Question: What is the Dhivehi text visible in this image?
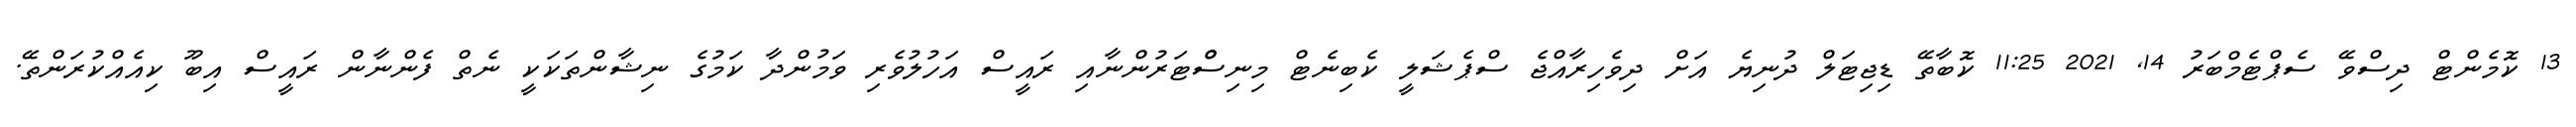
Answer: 13 ކޮމެންޓް ދިސްވޭ ސެޕްޓެމްބަރު 14, 2021 11:25 ކޮބާތޭ ޑިޖިޓަލް ދުނިޔެ އަށް ދިވެހިރާއްޖެ ސްޕެޝަލީ ކެބިނެޓް މިނިސްްޓަރުންނާއި ރައީސް އަހުލުވެރި ވަމުންދާ ކަމުގެ ނިޝާންތަކަކީ ނެތް ފެންނާން ރައީސް އިބޫ ކިއެއްކުރަންތޭ.